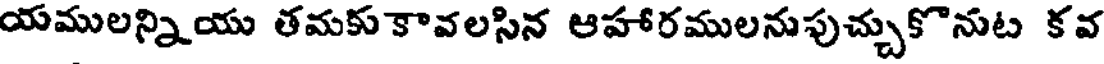
యములన్నియు తమకు కావలసిన ఆహారములనుపుచ్చుకొనుట కవ